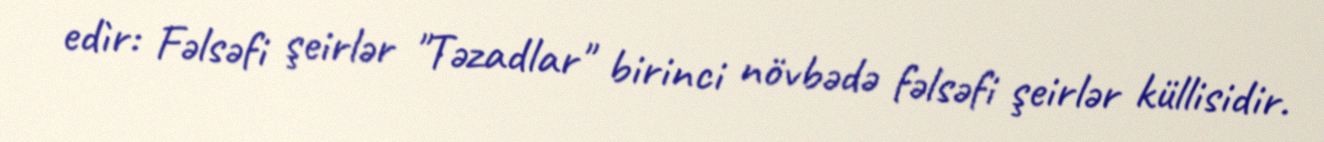
edìr: Fəlsəfi şeirlər "Təzadlar" birinci növbədə fəlsəfi şeirlər küllisidir.